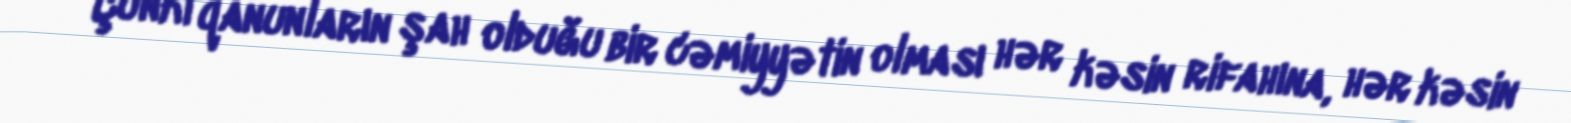
Çünki qanunların şah olduğu bir cəmiyyətin olması hər kəsin rifahına, hər kəsin